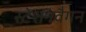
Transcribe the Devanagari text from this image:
स्टेशनवैगन